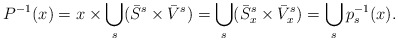
\begin{align*}P^{-1}(x)=x\times\bigcup_{s}(\bar{S}^{s} \times \bar{V}^{s})=\bigcup_{s}(\bar{S}^{s}_{x} \times \bar{V}^{s}_{x})=\bigcup_{s}p^{-1}_{s}(x).\end{align*}